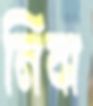
নিবা